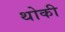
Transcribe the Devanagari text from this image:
थोकी